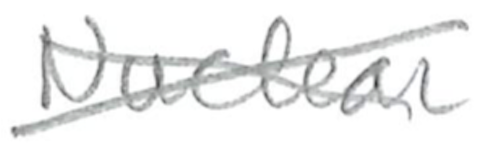
Text: Nuclear
Cross-out: cross
Writing tool: pencil